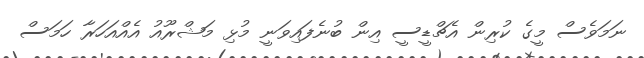
ނަމަވެސް މީގެ ކުރިން އެޗްޑީސީ އިން ބުނެފައިވަނީ މުޅި މަޝްރޫއު އެއްއަހަރާ ހަމަސް